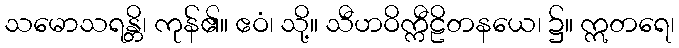
သမောသရန္တိ၊ ကုန်၏။ ဧဝံ၊ သို့။ သီဟဝိက္ကီဠိတနယေ၊ ၌။ ဣတရေ၊